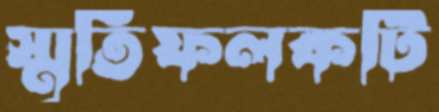
স্মৃতিফলকটি